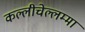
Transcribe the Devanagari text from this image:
कल्लीचेल्लम्मा